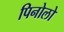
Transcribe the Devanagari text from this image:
पिनोलो